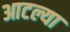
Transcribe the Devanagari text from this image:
आटल्या